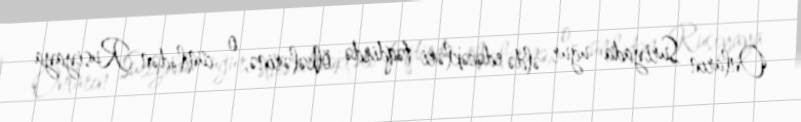
Onların Suriyada uğur əldə edəcəkləri təqdirdə ölkələrinə, o cümlədən Rusiyaya